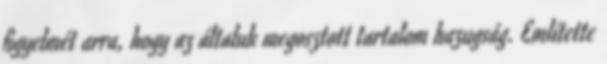
figyelmét arra, hogy az általuk megosztott tartalom hazugság. Említette